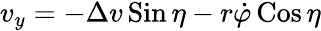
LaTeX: \begin{array}{r}{v_{y}=-\Delta v\operatorname{Sin}\eta-r\dot{\varphi}\operatorname{Cos}\eta}\end{array}